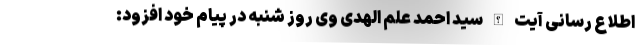
اطلاع رسانی آیت الله سید احمد علم الهدی وی روز شنبه در پیام خود افزود: